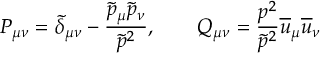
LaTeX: P _ { \mu \nu } = \tilde { \delta } _ { \mu \nu } - \frac { \tilde { p } _ { \mu } \tilde { p } _ { \nu } } { \tilde { p } ^ { 2 } } , \qquad Q _ { \mu \nu } = \frac { p ^ { 2 } } { \tilde { p } ^ { 2 } } \overline { { { u } } } _ { \mu } \overline { { { u } } } _ { \nu }